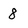
Character: 8